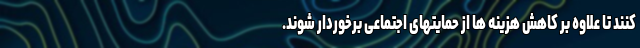
کنند تا علاوه بر کاهش هزینه ها از حمایتهای اجتماعی برخوردار شوند.